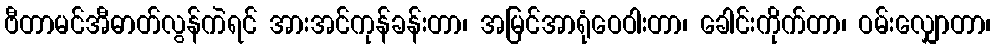
ဗီတာမင်အီဓာတ်လွန်ကဲရင် အားအင်ကုန်ခန်းတာ၊ အမြင်အာရုံဝေဝါးတာ၊ ခေါင်းကိုက်တာ၊ ဝမ်းလျှောတာ၊